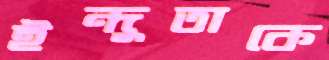
ইন্দুতাকে